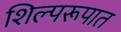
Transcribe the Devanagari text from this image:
शिल्परूपात